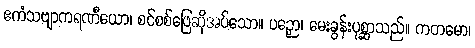
ဧကံသဗျာကရဏီယော၊ စင်စစ်ဖြေဆိုအပ်သော။ ပဉှော၊ မေးခွန်းပုစ္ဆာသည်။ ကတမော၊